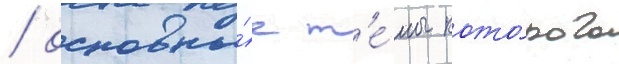
/ основны́е т'е́мы кото́рого